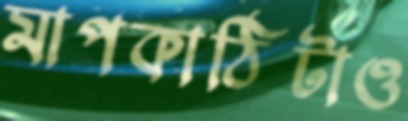
মাপকাঠিটাও